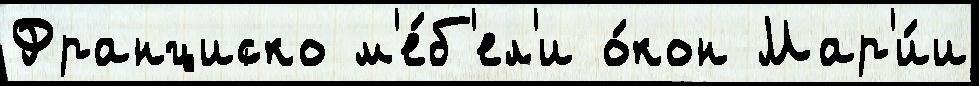
Франциско м'е́б'ел'и о́кон Мар'и́и